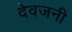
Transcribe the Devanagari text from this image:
देवजनी